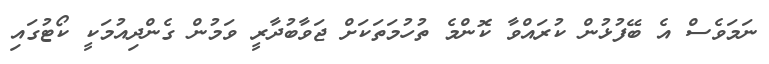
ނަމަވެސް އެ ބޭފުޅުން ކުރައްވާ ކޮންމެ ތުހުމަތަކަށް ޖަވާބުދާރީ ވަމުން ގެންދިއުމަކީ ކޯޓުގައި